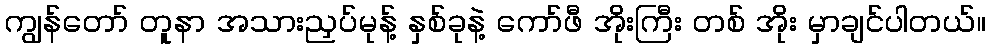
ကျွန်တော် တူနာ အသားညှပ်မုန့် နှစ်ခုနဲ့ ကော်ဖီ အိုးကြီး တစ် အိုး မှာချင်ပါတယ်။